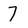
Character: 7